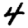
Digit: 4